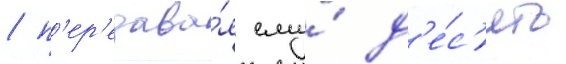
/ п'ер'едава́я ему́ д'е́с'ять